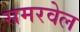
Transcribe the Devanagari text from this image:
समरवेल